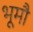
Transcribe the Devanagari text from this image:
भूमौ